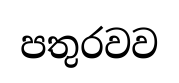
පතුරවව